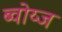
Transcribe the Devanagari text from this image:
ब्वोय्ज